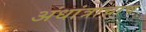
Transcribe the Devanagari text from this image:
अंधांत्राचाच